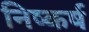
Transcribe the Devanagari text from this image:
निष्कर्ष